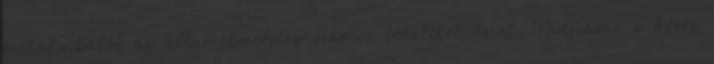
metafizikától az államelméletig számos területet érint. Tanításai a kései